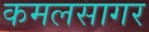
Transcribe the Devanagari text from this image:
कमलसागर